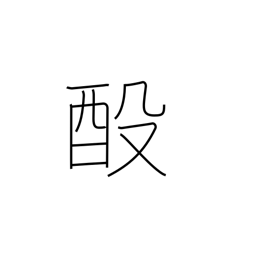
Meaning: rebrew